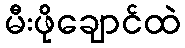
မီးဖိုချောင်ထဲ